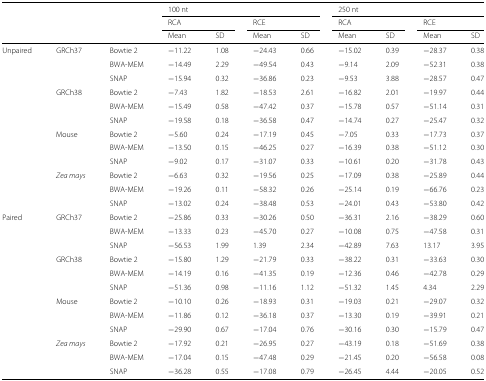
<table><thead><tr><td></td><td></td><td></td><td colspan="4"><b>100 nt</b></td><td colspan="4"><b>250 nt</b></td></tr><tr><td></td><td></td><td></td><td colspan="2"><b>RCA</b></td><td colspan="2"><b>RCE</b></td><td colspan="2"><b>RCA</b></td><td colspan="2"><b>RCE</b></td></tr><tr><td></td><td></td><td></td><td><b>Mean</b></td><td><b>SD</b></td><td><b>Mean</b></td><td><b>SD</b></td><td><b>Mean</b></td><td><b>SD</b></td><td><b>Mean</b></td><td><b>SD</b></td></tr></thead><tbody><tr><td>Unpaired</td><td>GRCh37</td><td>Bowtie 2</td><td>−11.22</td><td>1.08</td><td>−24.43</td><td>0.66</td><td>−15.02</td><td>0.39</td><td>−28.37</td><td>0.38</td></tr><tr><td></td><td></td><td>BWA-MEM</td><td>−14.49</td><td>2.29</td><td>−49.54</td><td>0.43</td><td>−9.14</td><td>2.09</td><td>−52.31</td><td>0.38</td></tr><tr><td></td><td></td><td>SNAP</td><td>−15.94</td><td>0.32</td><td>−36.86</td><td>0.23</td><td>−9.53</td><td>3.88</td><td>−28.57</td><td>0.47</td></tr><tr><td></td><td>GRCh38</td><td>Bowtie 2</td><td>−7.43</td><td>1.82</td><td>−18.53</td><td>2.61</td><td>−16.82</td><td>2.01</td><td>−19.97</td><td>0.44</td></tr><tr><td></td><td></td><td>BWA-MEM</td><td>−15.49</td><td>0.58</td><td>−47.42</td><td>0.37</td><td>−15.78</td><td>0.57</td><td>−51.14</td><td>0.31</td></tr><tr><td></td><td></td><td>SNAP</td><td>−19.58</td><td>0.18</td><td>−36.58</td><td>0.47</td><td>−14.74</td><td>0.27</td><td>−25.47</td><td>0.32</td></tr><tr><td></td><td>Mouse</td><td>Bowtie 2</td><td>−5.60</td><td>0.24</td><td>−17.19</td><td>0.45</td><td>−7.05</td><td>0.33</td><td>−17.73</td><td>0.37</td></tr><tr><td></td><td></td><td>BWA-MEM</td><td>−13.50</td><td>0.15</td><td>−46.25</td><td>0.27</td><td>−16.39</td><td>0.38</td><td>−51.12</td><td>0.30</td></tr><tr><td></td><td></td><td>SNAP</td><td>−9.02</td><td>0.17</td><td>−31.07</td><td>0.33</td><td>−10.61</td><td>0.20</td><td>−31.78</td><td>0.43</td></tr><tr><td></td><td><i>Zea mays</i></td><td>Bowtie 2</td><td>−6.63</td><td>0.32</td><td>−19.56</td><td>0.25</td><td>−17.09</td><td>0.38</td><td>−25.89</td><td>0.44</td></tr><tr><td></td><td></td><td>BWA-MEM</td><td>−19.26</td><td>0.11</td><td>−58.32</td><td>0.26</td><td>−25.14</td><td>0.19</td><td>−66.76</td><td>0.23</td></tr><tr><td></td><td></td><td>SNAP</td><td>−13.02</td><td>0.24</td><td>−38.48</td><td>0.53</td><td>−24.01</td><td>0.43</td><td>−53.80</td><td>0.42</td></tr><tr><td>Paired</td><td>GRCh37</td><td>Bowtie 2</td><td>−25.86</td><td>0.33</td><td>−30.26</td><td>0.50</td><td>−36.31</td><td>2.16</td><td>−38.29</td><td>0.60</td></tr><tr><td></td><td></td><td>BWA-MEM</td><td>−13.33</td><td>0.23</td><td>−45.70</td><td>0.27</td><td>−10.08</td><td>0.75</td><td>−47.58</td><td>0.31</td></tr><tr><td></td><td></td><td>SNAP</td><td>−56.53</td><td>1.99</td><td>1.39</td><td>2.34</td><td>−42.89</td><td>7.63</td><td>13.17</td><td>3.95</td></tr><tr><td></td><td>GRCh38</td><td>Bowtie 2</td><td>−15.80</td><td>1.29</td><td>−21.79</td><td>0.33</td><td>−38.22</td><td>0.31</td><td>−33.63</td><td>0.30</td></tr><tr><td></td><td></td><td>BWA-MEM</td><td>−14.19</td><td>0.16</td><td>−41.35</td><td>0.19</td><td>−12.36</td><td>0.46</td><td>−42.78</td><td>0.29</td></tr><tr><td></td><td></td><td>SNAP</td><td>−51.36</td><td>0.98</td><td>−11.16</td><td>1.12</td><td>−51.32</td><td>1.45</td><td>4.34</td><td>2.29</td></tr><tr><td></td><td>Mouse</td><td>Bowtie 2</td><td>−10.10</td><td>0.26</td><td>−18.93</td><td>0.31</td><td>−19.03</td><td>0.21</td><td>−29.07</td><td>0.32</td></tr><tr><td></td><td></td><td>BWA-MEM</td><td>−11.86</td><td>0.12</td><td>−36.18</td><td>0.37</td><td>−13.30</td><td>0.19</td><td>−39.91</td><td>0.21</td></tr><tr><td></td><td></td><td>SNAP</td><td>−29.90</td><td>0.67</td><td>−17.04</td><td>0.76</td><td>−30.16</td><td>0.30</td><td>−15.79</td><td>0.47</td></tr><tr><td></td><td><i>Zea mays</i></td><td>Bowtie 2</td><td>−17.92</td><td>0.21</td><td>−26.95</td><td>0.27</td><td>−43.19</td><td>0.18</td><td>−51.69</td><td>0.38</td></tr><tr><td></td><td></td><td>BWA-MEM</td><td>−17.04</td><td>0.15</td><td>−47.48</td><td>0.29</td><td>−21.45</td><td>0.20</td><td>−56.58</td><td>0.08</td></tr><tr><td></td><td></td><td>SNAP</td><td>−36.28</td><td>0.55</td><td>−17.08</td><td>0.79</td><td>−26.45</td><td>4.44</td><td>−20.05</td><td>0.52</td></tr></tbody></table>